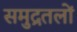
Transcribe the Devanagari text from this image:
समुद्रतलों